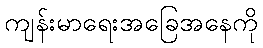
ကျန်းမာရေးအခြေအနေကို